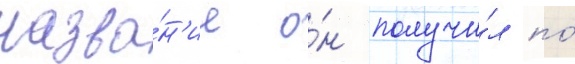
назва́н'ие о́н получи́л по́